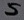
Text: S